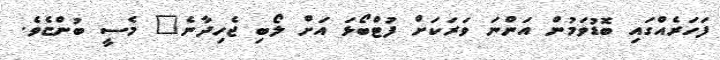
ފަހަރެއްގައި ބޮޑުވަމުން އަންނަ ވަރަކަށް ފުޓްބޯޅަ އަށް ލޯބި ޖެހިދާނެ" މެސީ ބުންޏެވެ.